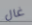
غال